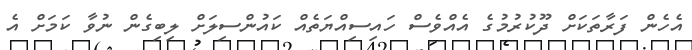
އެހެން ފަރާތަކަށް ދޫކުރުމުގެ އެއްވެސް ހައިސިއްޔަތެއް ކައުންސިލަށް ލިބިގެން ނުވާ ކަމަށް އެ